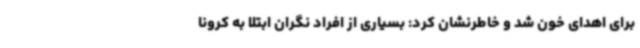
برای اهدای خون شد و خاطرنشان کرد: بسیاری از افراد نگران ابتلا به کرونا